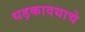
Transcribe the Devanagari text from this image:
धड़कावयाचे